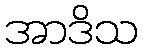
အာဒိသ